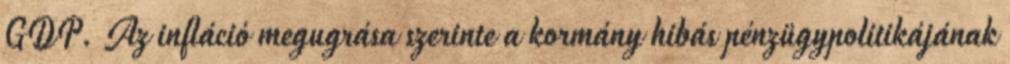
GDP. Az infláció megugrása szerinte a kormány hibás pénzügypolitikájának